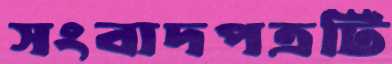
সংবাদপত্রটি